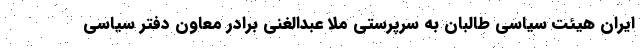
ایران هیئت سیاسی طالبان به سرپرستی ملا عبدالغنی برادر معاون دفتر سیاسی